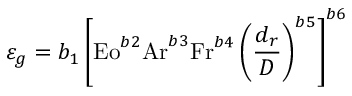
\varepsilon _ { g } = b _ { 1 } \left[ { \mathrm { E o } } ^ { b 2 } { \mathrm { A r } } ^ { b 3 } { \mathrm { F r } } ^ { b 4 } \left( { \frac { d _ { r } } { D } } \right) ^ { b 5 } \right] ^ { b 6 }